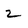
Character: 2